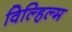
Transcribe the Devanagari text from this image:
विल्हिल्म